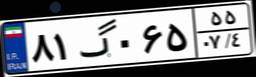
۶۱گ۷۹۰۲۵